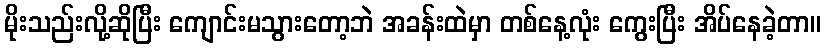
မိုးသည်းလို့ဆိုပြီး ကျောင်းမသွားတော့ဘဲ အခန်းထဲမှာ တစ်နေ့လုံး ကွေးပြီး အိပ်နေခဲ့တာ။